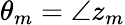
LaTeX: \theta_{m}=\angle z_{m}